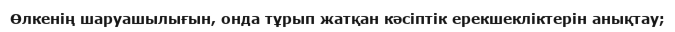
Өлкенің шаруашылығын, онда тұрып жатқан кәсіптік ерекшекліктерін анықтау;